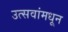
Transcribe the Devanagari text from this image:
उत्सवांमधून